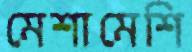
মেশামেশি